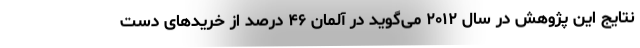
نتایج این پژوهش در سال ۲۰۱۲ می‌گوید در آلمان ۴۶ درصد از خریدهای دست